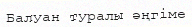
Балуан туралы әңгіме